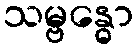
သမ္ဗန္ဓော